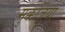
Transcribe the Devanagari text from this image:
मुक्कजिया